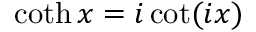
\coth x = i \cot ( i x )